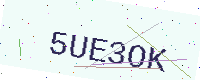
Text: 5UE3OK